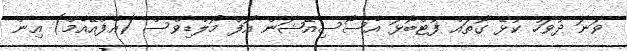
ވަނަ ދުވަހު ކުޅޭ ގޮތައް ފުޓްބޯޅަ އެސޯސިއޭޝަން އޮފް މޯލްޑިވްސް (އެފްއޭއެމް) އިން